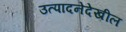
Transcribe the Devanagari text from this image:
उत्पादनेदेखील